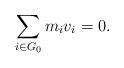
LaTeX: \begin{align*}\sum_{i\in G_0}m_iv_i=0.\end{align*}